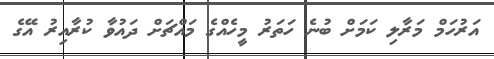
އަރުހަމް މަރާލި ކަމަށް ބުނެ ހަތަރު މީހެއްގެ މައްޗަށް ދައުވާ ކުރާއިރު އޭގެ